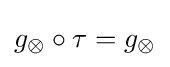
g_{\otimes }\circ \tau =g_{\otimes }